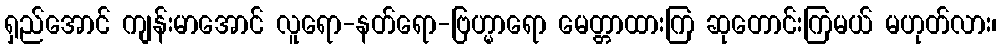
ရှည်အောင် ကျန်းမာအောင် လူရော-နတ်ရော-ဗြဟ္မာရော မေတ္တာထားကြ ဆုတောင်းကြမယ် မဟုတ်လား၊